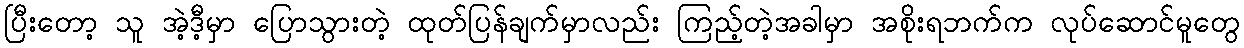
ပြီးတော့ သူ အဲ့ဒီ့မှာ ပြောသွားတဲ့ ထုတ်ပြန်ချက်မှာလည်း ကြည့်တဲ့အခါမှာ အစိုးရဘက်က လုပ်ဆောင်မူတွေ